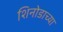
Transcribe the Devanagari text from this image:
शिनोडाच्या